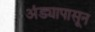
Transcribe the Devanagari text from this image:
अंड्यापासून